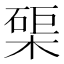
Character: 𭫑